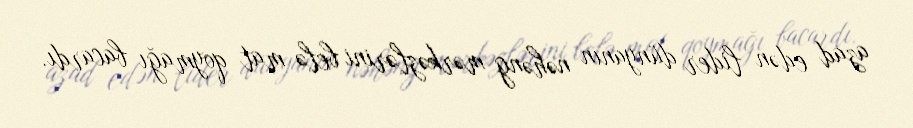
azad edən lider dünyanın nəhəng mərkəzlərini belə mat qoymağı bacardı.